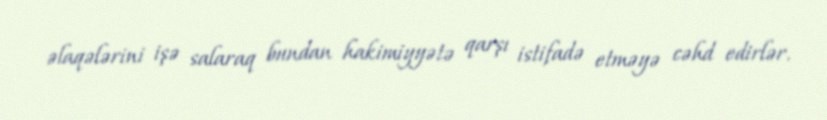
əlaqələrini işə salaraq bundan hakimiyyətə qarşı istifadə etməyə cəhd edirlər.